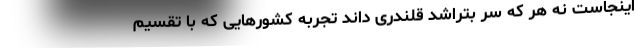
اینجاست نه هر که سر بتراشد قلندری داند تجربه کشورهایی که با تقسیم